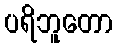
ပရိဘူတော